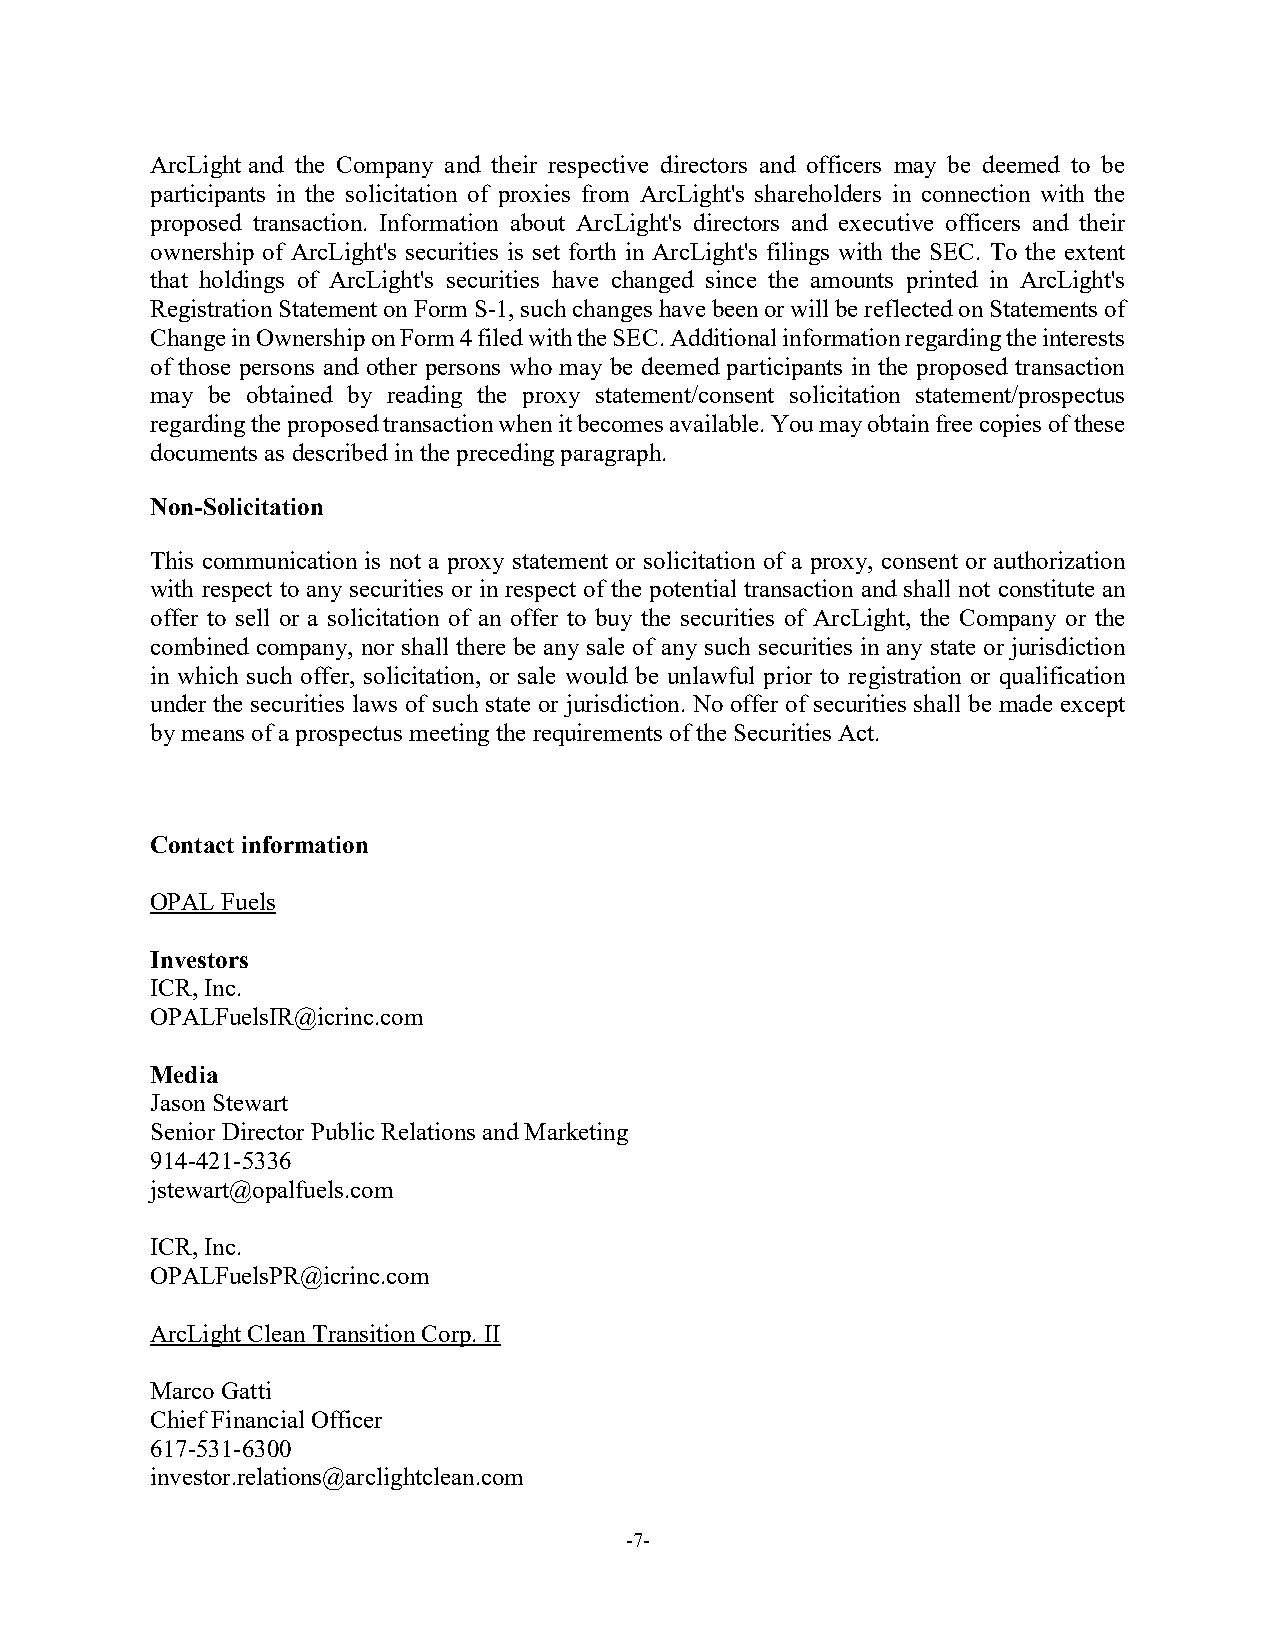
ArcLight and the Company and their respective directors and officers may be deemed to be
 participants in the solicitation of proxies from ArcLight's shareholders in connection with the
 proposed transaction. Information about ArcLight's directors and executive officers and their
 ownership of ArcLight's securities is set forth in ArcLight's filings with the SEC. To the extent
 that holdings of ArcLight's securities have changed since the amounts printed in ArcLight's
 Registration Statement on Form S-1, such changes have been or will be reflected on Statements of
 Change in Ownership on Form 4 filed with the SEC. Additional information regarding the interests
 of those persons and other persons who may be deemed participants in the proposed transaction
 may be obtained by reading the proxy statement/consent solicitation statement/prospectus
 regarding the proposed transaction when it becomes available. You may obtain free copies of these
 documents as described in the preceding paragraph.
 Non-Solicitation
 This communication is not a proxy statement or solicitation of a proxy, consent or authorization
 with respect to any securities or in respect of the potential transaction and shall not constitute an
 offer to sell or a solicitation of an offer to buy the securities of ArcLight, the Company or the
 combined company, nor shall there be any sale of any such securities in any state or jurisdiction
 in which such offer, solicitation, or sale would be unlawful prior to registration or qualification
 under the securities laws of such state or jurisdiction. No offer of securities shall be made except
 by means of a prospectus meeting the requirements of the Securities Act.
 Contact information
 OPAL Fuels
 Investors
 ICR, Inc.
 OPALFuelsIR@icrinc.com
 Media
 Jason Stewart
 Senior Director Public Relations and Marketing
 914-421-5336
 jstewart@opalfuels.com
 ICR, Inc.
 OPALFuelsPR@icrinc.com
 ArcLight Clean Transition Corp. II
 Marco Gatti
 Chief Financial Officer
 617-531-6300
 investor.relations@arclightclean.com
 -7-